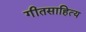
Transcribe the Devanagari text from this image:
गीतसाहित्य